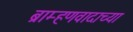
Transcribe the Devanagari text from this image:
ब्राम्हणवादाच्या